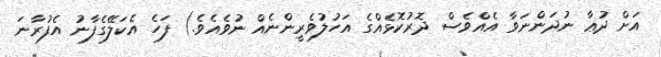
އަށް ދުޢާ ނުދަންނަވާ އެއްވެސް ދޮރުކޮޅެއްގެ އަހުލުވެރީންނެއް ނުވެއެވެ.) ފަހެ އެކަލޭގެފާނު އެފުރާނަ